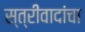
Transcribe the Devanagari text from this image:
स्त्रीवादांचा